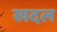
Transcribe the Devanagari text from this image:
खदल